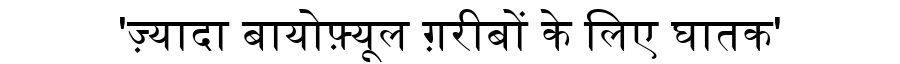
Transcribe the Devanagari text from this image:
'ज़्यादा बायोफ़्यूल ग़रीबों के लिए घातक'